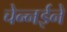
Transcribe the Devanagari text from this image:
चेन्नईने